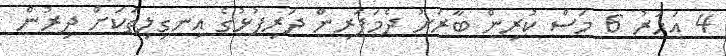
4 އަހަރު 6 މަސް ކުރިން ބާރަށު ދެމަފަރިން ދަރިފުޅުގެ އިނގިލިތަކަށް ދިރުން